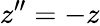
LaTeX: z^{\prime\prime}=-z